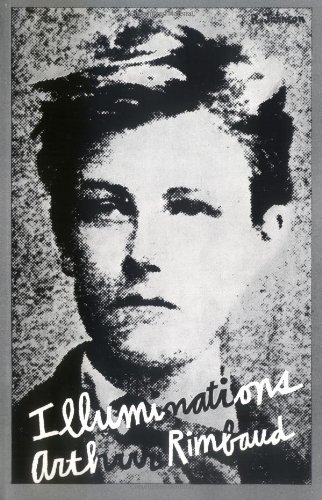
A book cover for Illuminations (New Directions Paperbook, No. 56) (English and French Edition); Arthur Rimbaud; Literature & Fiction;